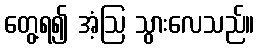
တွေ့ရ၍ အံ့ဩ သွားလေသည်။